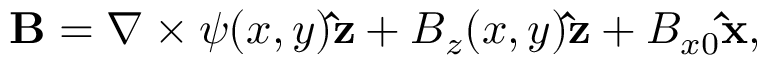
{ \bf B } = { \boldsymbol \nabla } \times \psi ( x , y ) { \bf \hat { z } } + B _ { z } ( x , y ) { \bf \hat { z } } + B _ { x 0 } { \bf \hat { x } } ,